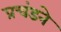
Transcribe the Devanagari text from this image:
प्रचंडने